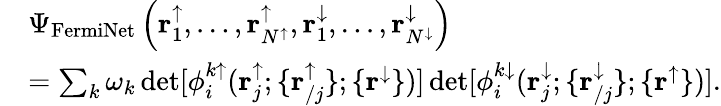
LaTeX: \begin{array}{rl}&{\Psi_{\mathrm{FermiNet}}\left(\mathbf{r}_{1}^{\uparrow},\dots,\mathbf{r}_{N^{\uparrow}}^{\uparrow},\mathbf{r}_{1}^{\downarrow},\dots,\mathbf{r}_{N^{\downarrow}}^{\downarrow}\right)}\\ &{=\sum_{k}\omega_{k}\operatorname*{det}[\phi_{i}^{k\uparrow}(\mathbf{r}_{j}^{\uparrow};\{ \mathbf{r}_{/j}^{\uparrow}\} ;\{ \mathbf{r}^{\downarrow}\} )]\operatorname*{det}[\phi_{i}^{k\downarrow}(\mathbf{r}_{j}^{\downarrow};\{ \mathbf{r}_{/j}^{\downarrow}\} ;\{ \mathbf{r}^{\uparrow}\} )].}\end{array}